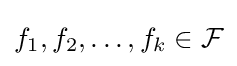
f_{1},f_{2},\dots ,f_{k}\in {\mathcal {F}}